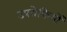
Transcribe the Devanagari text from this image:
उपरोक्तियों